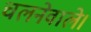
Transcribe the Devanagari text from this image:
चलनेवाले।